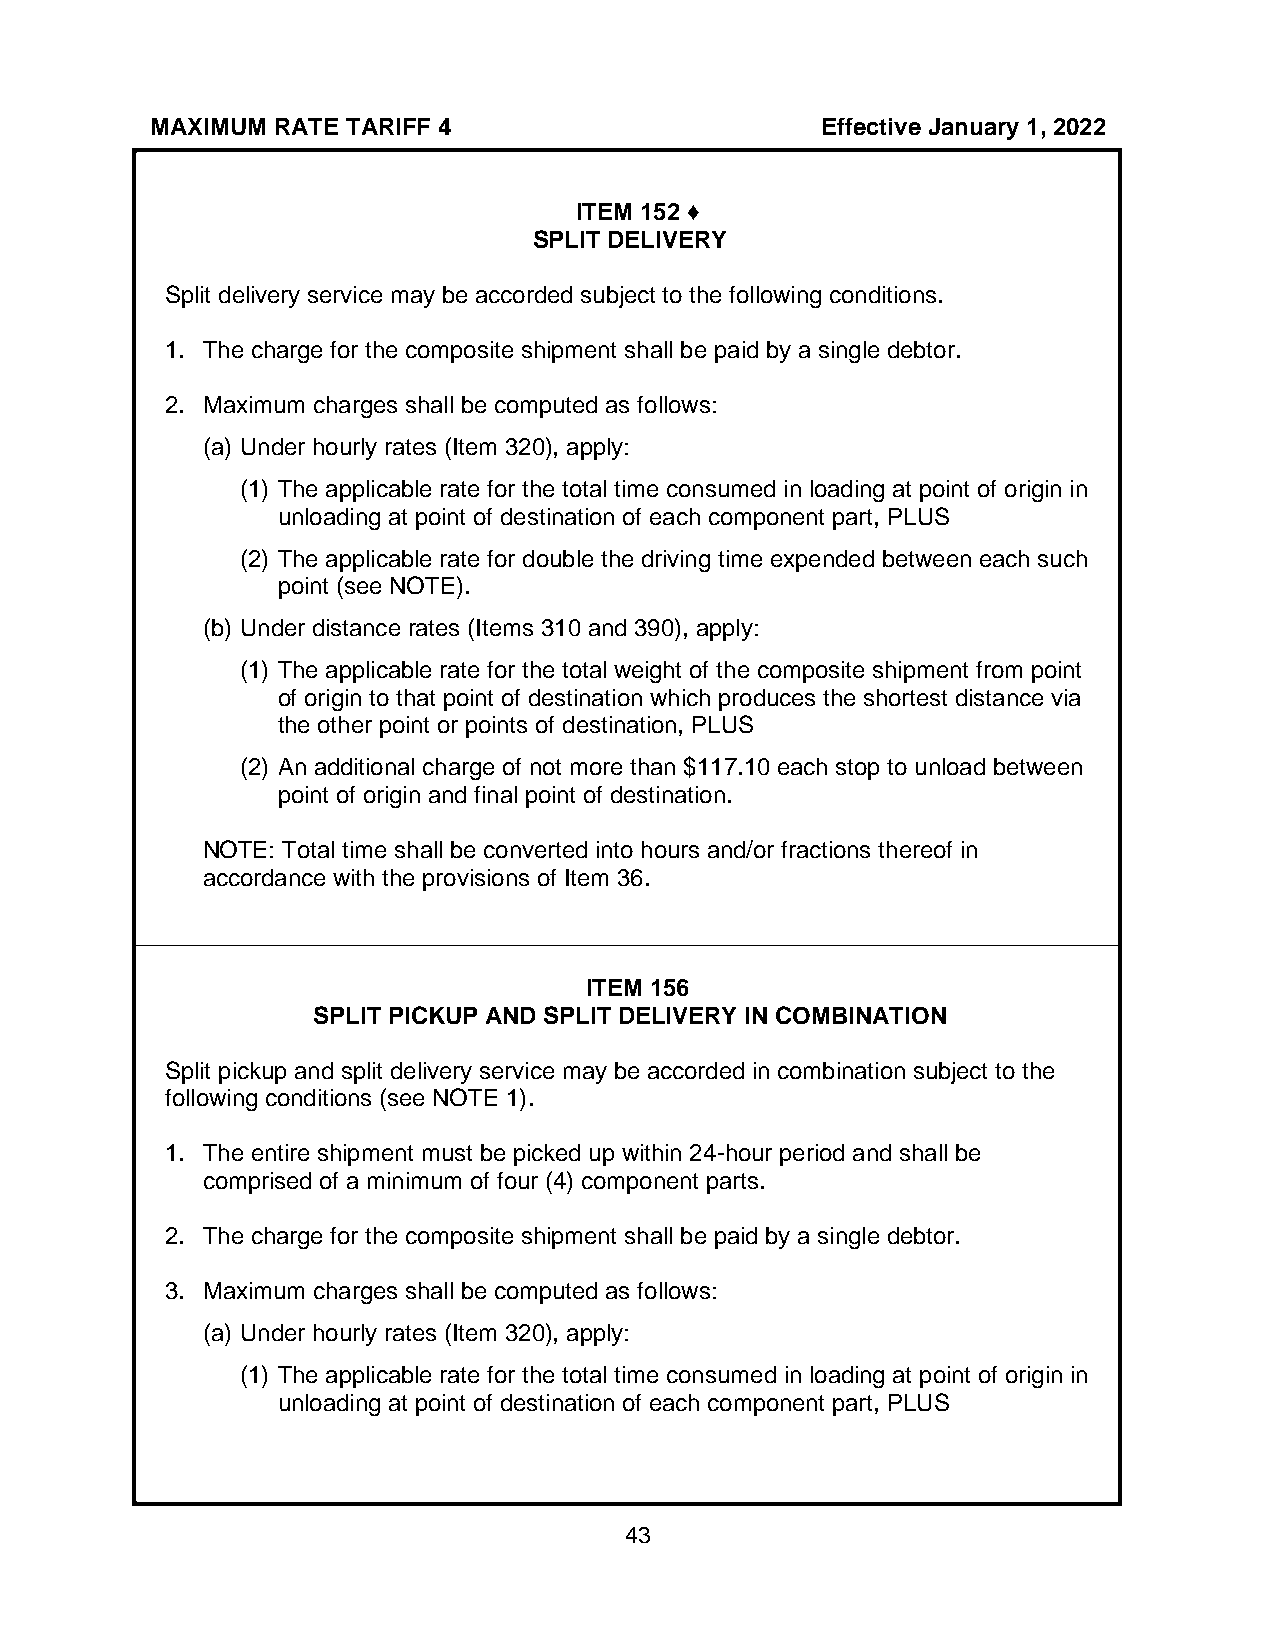
MAXIMUM RATE TARIFF 4                       Effective January 1, 2022
 ITEM 152 ♦
 SPLIT DELIVERY
 Split delivery service may be accorded subject to the following conditions.
 1. The charge for the composite shipment shall be paid by a single debtor.
 2. Maximum charges shall be computed as follows:
 (a) Under hourly rates (Item 320), apply:
 (1) The applicable rate for the total time consumed in loading at point of origin in
 unloading at point of destination of each component part, PLUS
 (2) The applicable rate for double the driving time expended between each such
 point (see NOTE).
 (b) Under distance rates (Items 310 and 390), apply:
 (1) The applicable rate for the total weight of the composite shipment from point
 of origin to that point of destination which produces the shortest distance via
 the other point or points of destination, PLUS
 (2) An additional charge of not more than $117.10 each stop to unload between
 point of origin and final point of destination.
 NOTE: Total time shall be converted into hours and/or fractions thereof in
 accordance with the provisions of Item 36.
 ITEM 156
 SPLIT PICKUP AND SPLIT DELIVERY IN COMBINATION
 Split pickup and split delivery service may be accorded in combination subject to the
 following conditions (see NOTE 1).
 1. The entire shipment must be picked up within 24-hour period and shall be
 comprised of a minimum of four (4) component parts.
 2. The charge for the composite shipment shall be paid by a single debtor.
 3. Maximum charges shall be computed as follows:
 (a) Under hourly rates (Item 320), apply:
 (1) The applicable rate for the total time consumed in loading at point of origin in
 unloading at point of destination of each component part, PLUS
 43